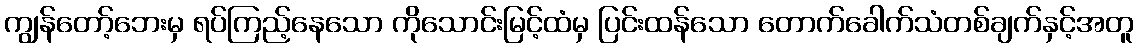
ကျွန်တော့်ဘေးမှ ရပ်ကြည့်နေသော ကိုသောင်းမြင့်ထံမှ ပြင်းထန်သော တောက်ခေါက်သံတစ်ချက်နှင့်အတူ